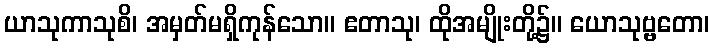
ယာသုကာသုစိ၊ အမှတ်မရှိကုန်သော။ ဧတာသု၊ ထိုအမျိုးတို့၌။ ယောသုဗ္ဗတော၊